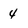
Character: 4